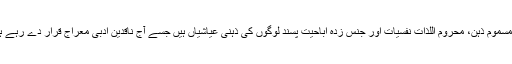
یہ مسموم ذہن، محروم اللذات نفسیات اور جنس زدہ اباحیت پسند لوگوں کی ذہنی عیاشیاں ہیں جسے آج ناقدین ادبی معراج قرار دے رہے ہیں۔